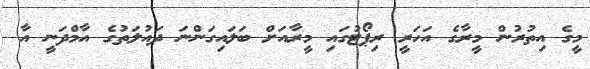
މީގެ އިތުރުން މީރާގެ އަހަރީ ރިޕޯޓުގައި މީރާއަށް ބަލައިގަންނަ ދައުލަތުގެ އާމްދަނީ އާ